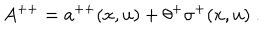
LaTeX: A ^ { + + } = a ^ { + + } ( x , u ) + \theta ^ { + } \sigma ^ { + } ( x , u ) \ .